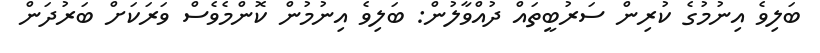
ބަލިވެ އިނުމުގެ ކުރިން ސަރުބީތައް ދުއްވާލުން: ބަލިވެ އިނުމުން ކޮންމެވެސް ވަރަކަށް ބަރުދަން